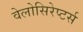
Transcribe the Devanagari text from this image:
वेलोसिरेप्‍टर्स